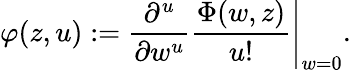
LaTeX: \varphi(z,u):=\left.\frac{\partial^{u}}{\partial w^{u}}\frac{\Phi(w,z)}{u!}\right|_{w=0}.